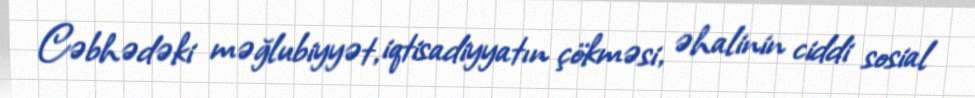
Cəbhədəki məğlubiyyət, iqtisadiyyatın çökməsi, əhalinin ciddi sosial